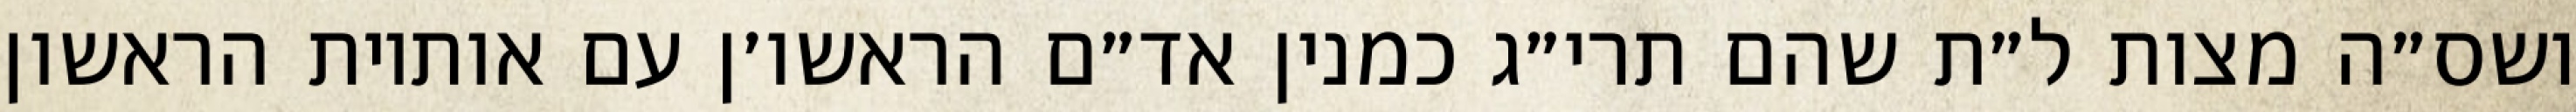
ושס״ה מצות ל״ת שהם תרי״ג כמנין אד״ם הראשו׳ן עם אותיות הראשון